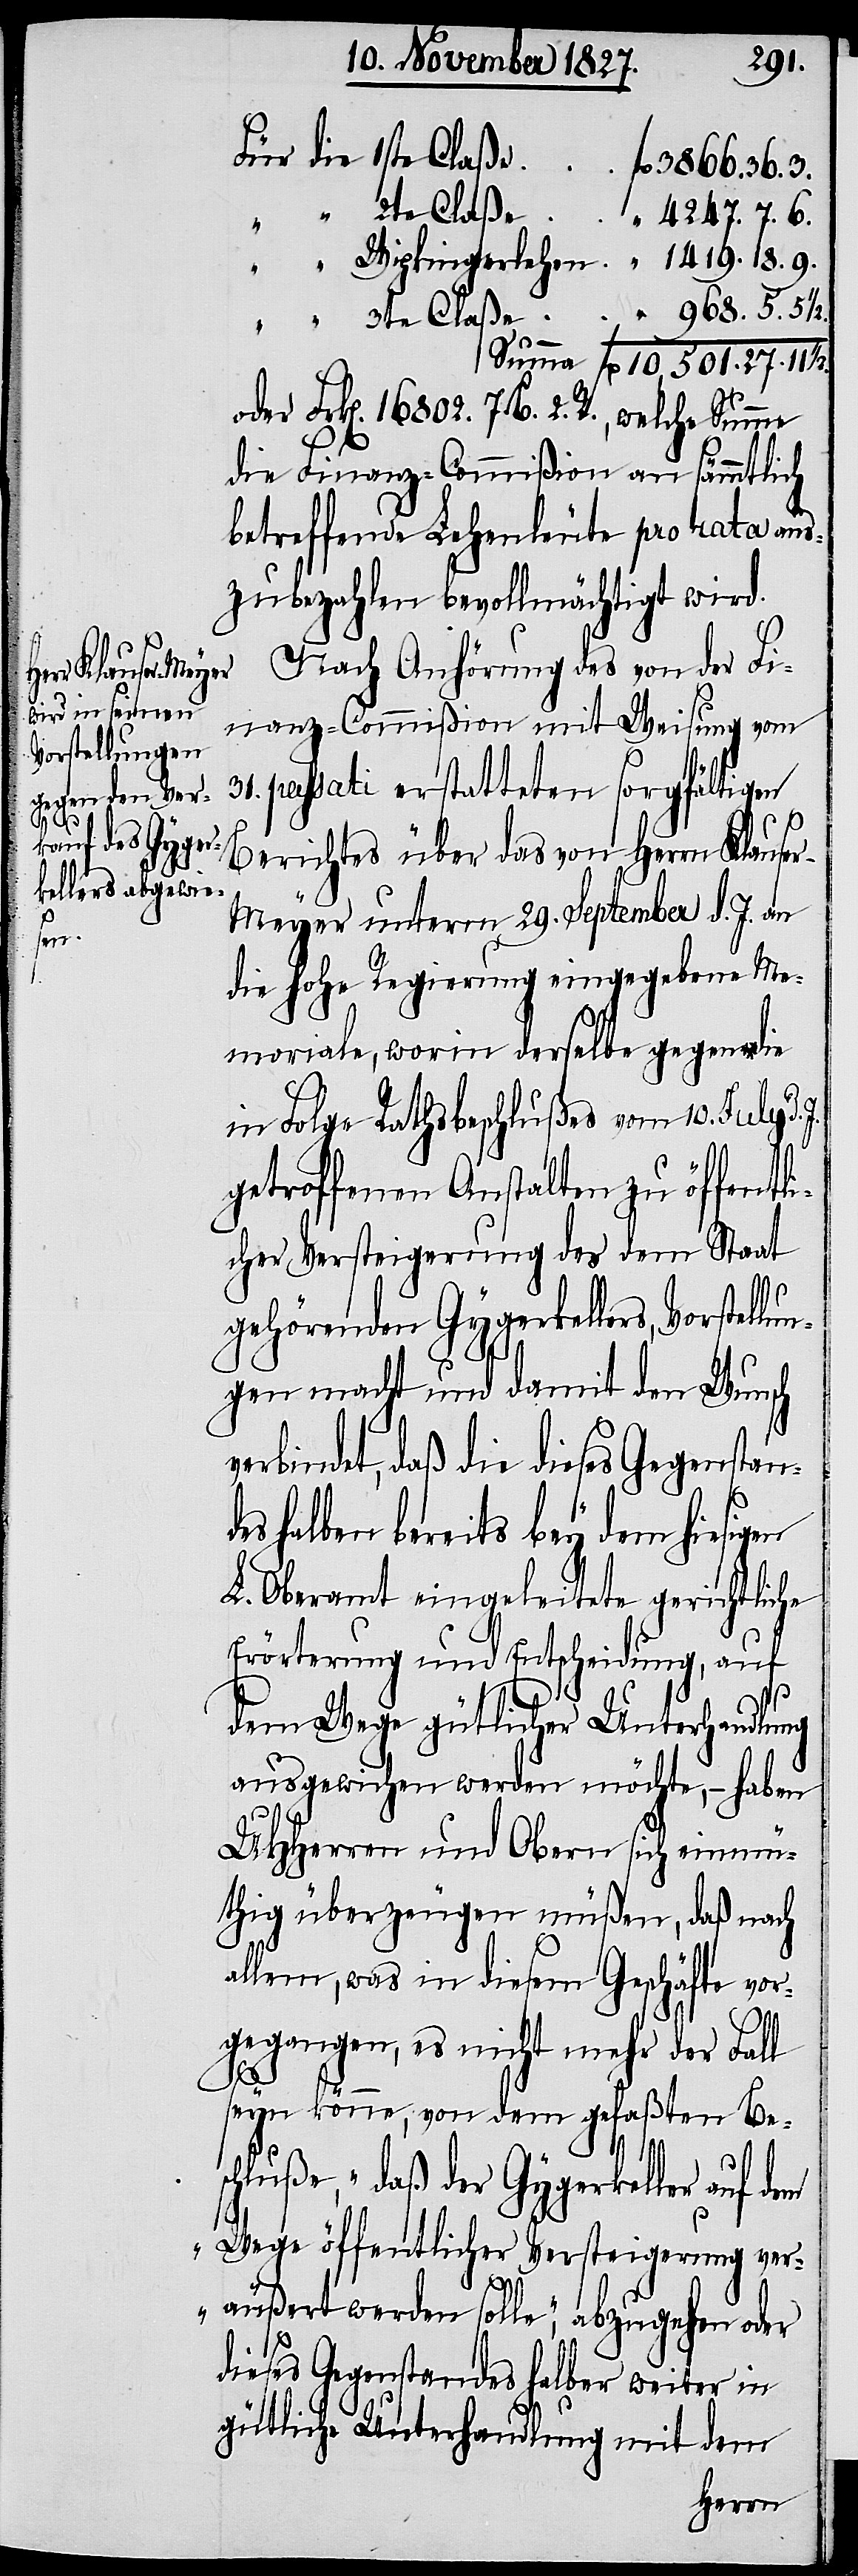
31.

Für die 1ste Claße	f¬
“ “ 2te Claße	“ 4247.	 7.
“ Wipkingerlehen	“ 1419.	18.	 9.
v¬
Summa	fl. 10,501.	27.	11 ½.
Frk[en]. 16802. 7. B. 2. R., welche Summe
die Finanz-Commißion an sämmtlich
betreffende Lehenleute pro rata aus¬
zubezahlen bevollmächtigt wird.
Nach Anhörung des von der Fi¬
nanz-Commißion mit Weisung vom
passati erstatteten sorgfältigen
Berichtes über das von Herrn Klause¬
r-Meyer unterm 29. September d. J. an
die hohe Regierung eingegebene Me¬
moriale, worin derselbe gegen die
in Folge Rathsbeschlußes vom 10. July d.
getroffenen Anstalten zu öffentli¬
cher Versteigerung des dem Staat
gehörenden Gygerkellers, Vorstellun¬
gen macht und damit den Wunsch
erbindet, daß die dieses Gegenstan¬
des halben bereits bey dem hiesigen
L. Oberamt eingeleitete gerichtliche
Erörterung und Entscheidung, auf
dem Wege gütlicher Unterhandlung
ausgewichen werden möchte, – haben
UHHerren und Obern sich einmü¬
thig überzeugen müßen, daß nach
allem, was in diesem Geschäfte vor¬
gegangen, es nicht mehr der Fall
seyn könne, von dem gefaßten Bes¬
chluße, „daß der Gygerkeller auf
Wege öffentlicher Versteigerung ver¬
äußert werden solle“, abzugehen oder
dieses Gegenstandes halber weiter in
gütliche Unterhandlung mit dem